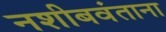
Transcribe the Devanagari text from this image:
नशीबवंताना